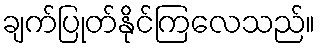
ချက်ပြုတ်နိုင်ကြလေသည်။